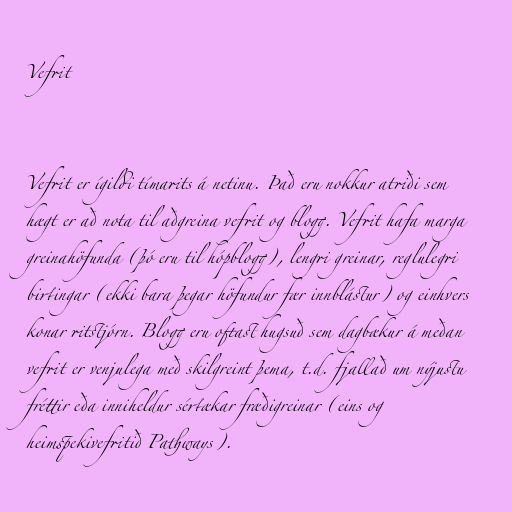
Vefrit

Vefrit er ígildi tímarits á netinu. Það eru nokkur atriði sem
hægt er að nota til aðgreina vefrit og blogg. Vefrit hafa marga
greinahöfunda (þó eru til hópblogg), lengri greinar, reglulegri
birtingar (ekki bara þegar höfundur fær innblástur) og einhvers
konar ritstjórn. Blogg eru oftast hugsuð sem dagbækur á meðan
vefrit er venjulega með skilgreint þema, t.d. fjallað um nýjustu
fréttir eða inniheldur sértækar fræðigreinar (eins og
heimspekivefritið Pathways).